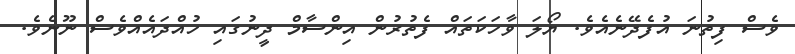
ވެސް ފިތުނަ އުފެދޭނެއެވެ. ޔޯލަ ވާހަކަތައް ފެތުރުން އިންސާމް ދީނުގައި ހުއްދައެއްވެސް ނޫނެވެ.